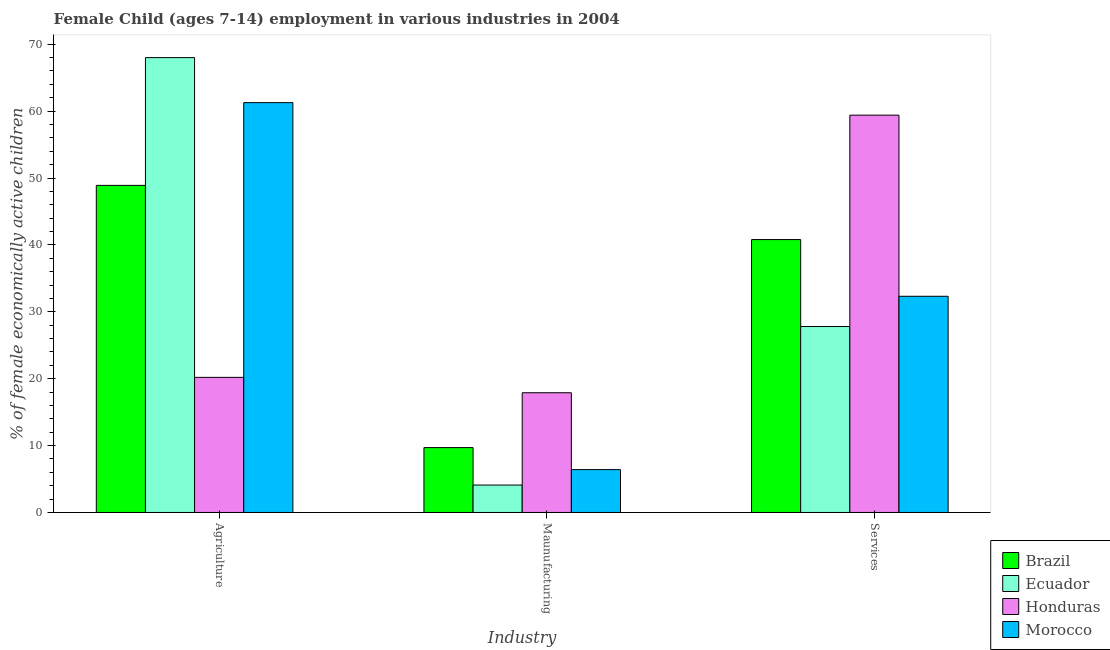
| Industry | Brazil | Ecuador | Honduras | Morocco |
 | --- | --- | --- | --- | --- |
 | Agriculture | 48.9 | 68 | 20.2 | 61.3 |
 | Maunufacturing | 9.7 | 4.1 | 17.9 | 6.41 |
 | Services | 40.8 | 27.8 | 59.4 | 32.3 |